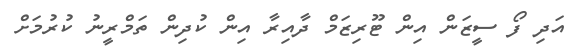
އަދި ފޯ ސީޒަން އިން ޓޫރިޒަމް ދާއިރާ އިން ކުދިން ތަމްރީނު ކުރުމަށް